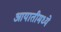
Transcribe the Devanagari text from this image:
आयातीमध्ये